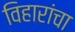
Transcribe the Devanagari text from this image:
विहारांचा